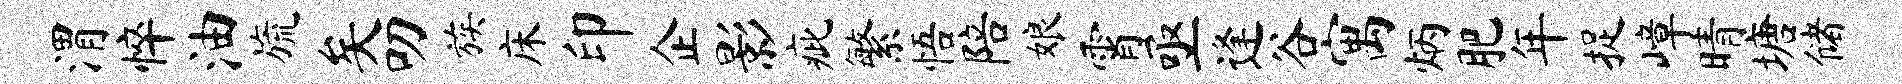
渭悴油旒矣叨族床印企影疵繁悟陪娘霄亟逢谷寓炳肥年捉嶂晴塘储